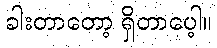
ခါးတာတော့ ရှိတာပေ့ါ။